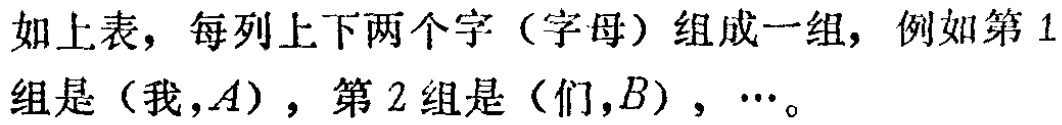
如上表，每列上下两个字（字母）组成一组，例如第 1组是（我, \(A\)），第 2 组是（们, \(B\)），\(\cdots\)。